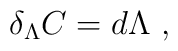
\delta_{\Lambda} C = d\Lambda \ ,